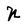
Character: N